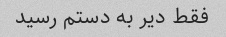
فقط دیر به دستم رسید